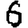
Digit: 6